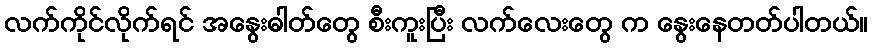
လက်ကိုင်လိုက်ရင် အနွေးဓါတ်တွေ စီးကူးပြီး လက်လေးတွေ က နွေးနေတတ်ပါတယ်။